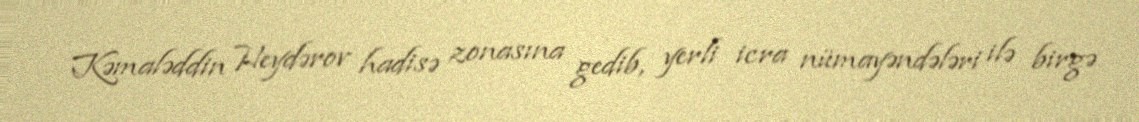
Kəmaləddin Heydərov hadisə zonasına gedib, yerli icra nümayəndələri ilə birgə